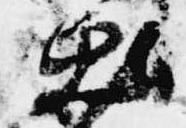
出